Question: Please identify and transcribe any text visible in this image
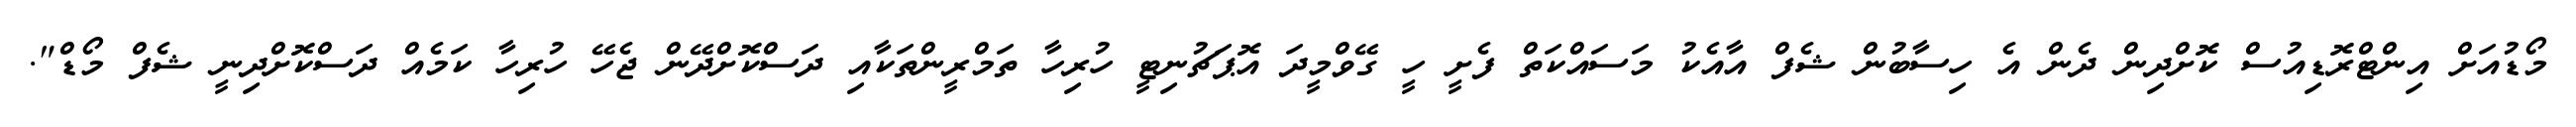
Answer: މޯޑުއަށް އިންޓްރޮޑިއުސް ކޮށްދިން ދެން އެ ހިސާބުން ޝެފް އާއެކު މަސައްކަތް ފެށީ ހީ ގޭވްމީދަ އޮޕަޗުނިޓީ ހުރިހާ ތަމްރީންތަކާއި ދަސްކޮށްދޭން ޖެހޭ ހުރިހާ ކަމެއް ދަސްކޮށްދިނީ ޝެފް މޯޑް".